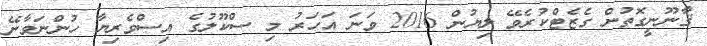
ޤާނޫނީގޮތުން ގެޒެޓްކުރެވޭ ލިޔުން 2016 ވަނަ އަހަރު މި ސްކޫލުގެ އިސްވެރިޔާ ހުންނަވާނޭ